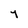
Character: Y